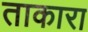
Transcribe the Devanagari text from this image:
ताकारा